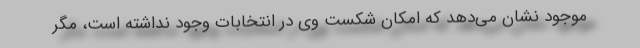
موجود نشان می‌دهد که امکان شکست وی در انتخابات وجود نداشته است، مگر